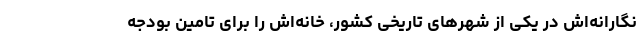
‌نگارانه‌اش در یکی از شهرهای تاریخی کشور، خانه‌اش را برای تامین بودجه